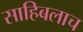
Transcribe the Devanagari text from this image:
साहिबलाच